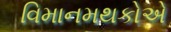
વિમાનમથકોએ